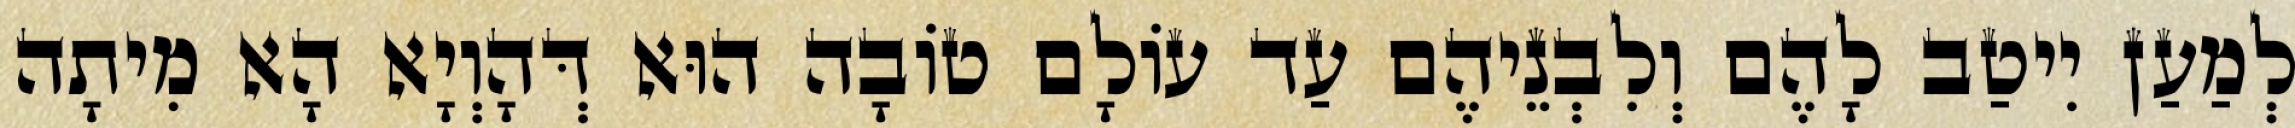
לְמַעַן יִיטַב לָהֶם וְלִבְנֵיהֶם עַד עוֹלָם טוֹבָה הוּא דְּהָוְיָא הָא מִיתָה